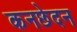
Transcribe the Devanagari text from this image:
कनछेदन